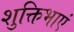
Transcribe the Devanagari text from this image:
शुक्तिभाएं